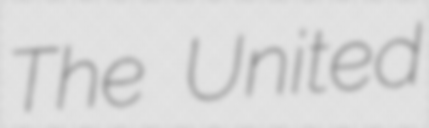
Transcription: The United